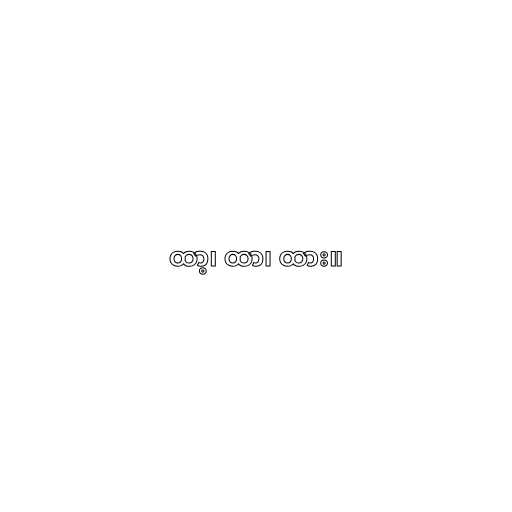
ထာ့၊ ထာ၊ ထား။